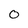
Character: 0